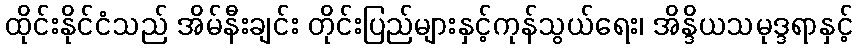
ထိုင်းနိုင်ငံသည် အိမ်နီးချင်း တိုင်းပြည်များနှင့်ကုန်သွယ်ရေး၊ အိန္ဒိယသမုဒ္ဒရာနှင့်